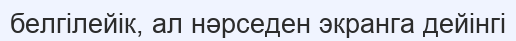
белгілейік, ал нәрседен экранга дейінгі